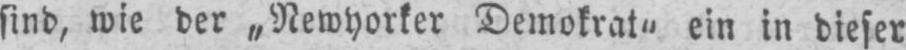
sind, wie der „Newyorker Demokrat“ ein in dieser